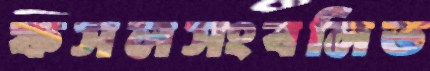
ফসলসংবলিত